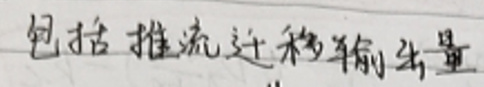
包括推流迁移输出量